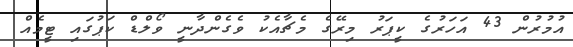
އުމުރުން 43 އަހަރުގެ ކީޕަރު މިރޭގެ މެޗާއެކު ވެގެންދާނީ ވޯލްޑް ކަޕުގައި ޓީމެއް